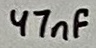
Text: 47nF